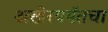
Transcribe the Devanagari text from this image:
अखेरपर्यंतचा